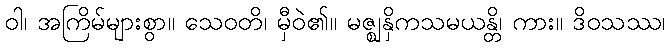
ဝါ၊ အကြိမ်များစွာ။ သေဝတိ၊ မှီဝဲ၏။ မဇ္ဈနှိကသမယန္တိ၊ ကား။ ဒိဝသဿ၊